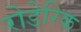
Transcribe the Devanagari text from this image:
रोडेरिक